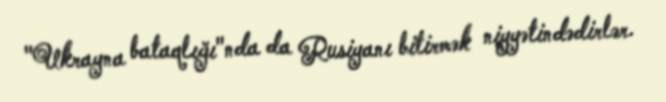
"Ukrayna bataqlığı"nda da Rusiyanı bitirmək niyyətindədirlər.